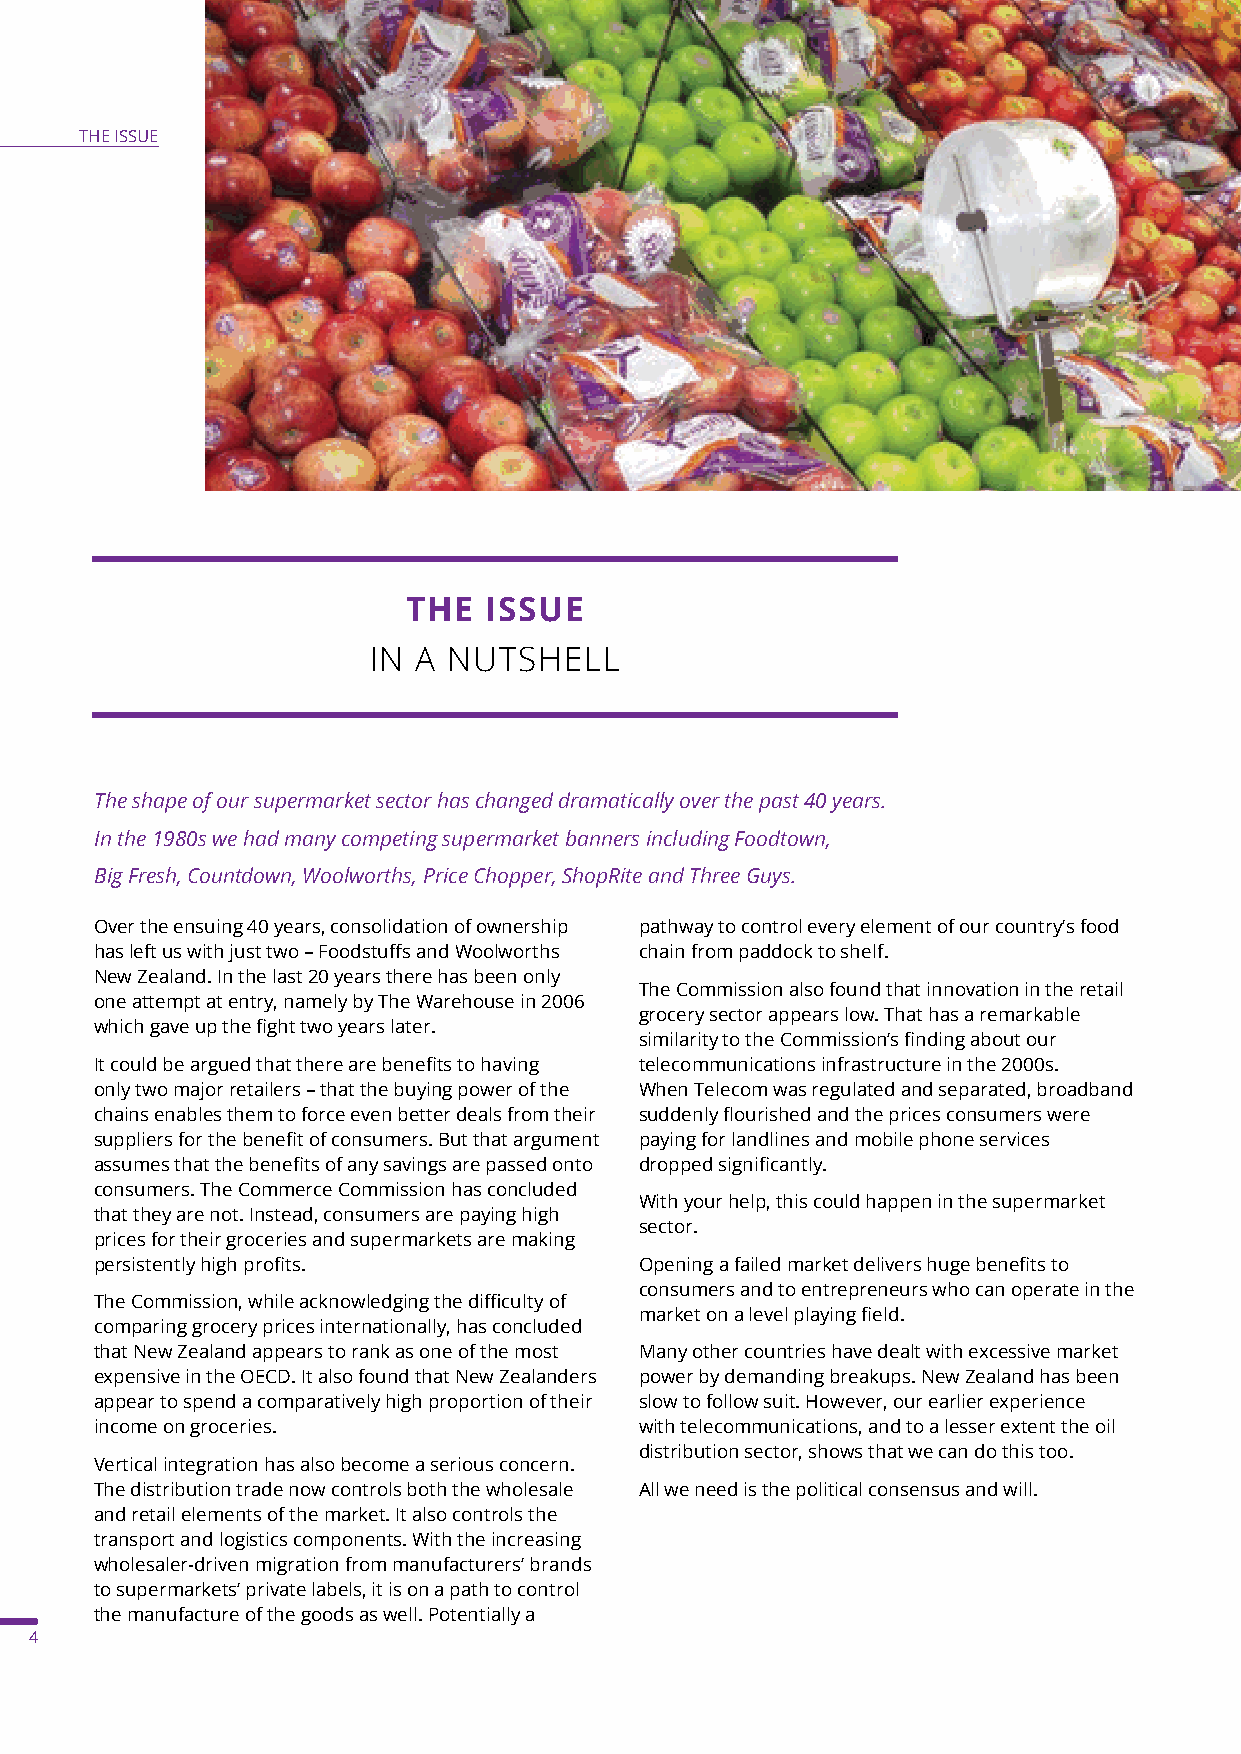
THE ISSUE
 THE  ISSUE
 IN  A NUTSHELL
 The shape of our supermarket sector has changed dramatically over the past 40 years.
 In the 1980s we had many competing supermarket banners including Foodtown,
 Big Fresh, Countdown, Woolworths, Price Chopper, ShopRite and Three Guys.
 Over the ensuing 40 years, consolidation of ownership pathway to control every element of our country’s food
 has left us with just two – Foodstuffs and Woolworths chain from paddock to shelf.
 New Zealand. In the last 20 years there has been only
 The Commission also found that innovation in the retail
 one attempt at entry, namely by The Warehouse in 2006
 grocery sector appears low. That has a remarkable
 which gave up the fight two years later.
 similarity to the Commission’s finding about our
 It could be argued that there are benefits to having telecommunications infrastructure in the 2000s.
 only two major retailers – that the buying power of the When Telecom was regulated and separated, broadband
 chains enables them to force even better deals from their suddenly flourished and the prices consumers were
 suppliers for the benefit of consumers. But that argument paying for landlines and mobile phone services
 assumes that the benefits of any savings are passed onto dropped significantly.
 consumers. The Commerce Commission has concluded
 With your help, this could happen in the supermarket
 that they are not. Instead, consumers are paying high
 sector.
 prices for their groceries and supermarkets are making
 persistently high profits.          Opening a failed market delivers huge benefits to
 consumers and to entrepreneurs who can operate in the
 The Commission, while acknowledging the difficulty of
 market on a level playing field.
 comparing grocery prices internationally, has concluded
 that New Zealand appears to rank as one of the most Many other countries have dealt with excessive market
 expensive in the OECD. It also found that New Zealanders power by demanding breakups. New Zealand has been
 appear to spend a comparatively high proportion of their slow to follow suit. However, our earlier experience
 income on groceries.                with telecommunications, and to a lesser extent the oil
 distribution sector, shows that we can do this too.
 Vertical integration has also become a serious concern.
 The distribution trade now controls both the wholesale All we need is the political consensus and will.
 and retail elements of the market. It also controls the
 transport and logistics components. With the increasing
 wholesaler-driven migration from manufacturers’ brands
 to supermarkets’ private labels, it is on a path to control
 the manufacture of the goods as well. Potentially a
 4